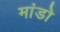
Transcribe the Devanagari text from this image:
मांडो